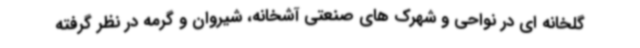
گلخانه ای در نواحی و شهرک های صنعتی آشخانه، شیروان و گرمه در نظر گرفته